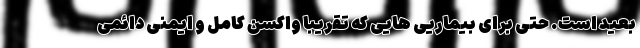
بعید است. حتی برای بیماریی هایی که تقریبا واکسن کامل و ایمنی دائمی